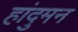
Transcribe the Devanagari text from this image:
हांदुमन